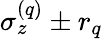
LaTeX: \sigma_{z}^{(q)}\pm r_{q}